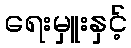
ရေးမှူးနှင့်